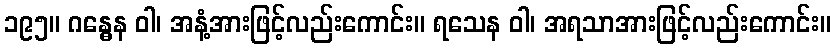
၁၉၅။ ဂန္ဓေန ဝါ၊ အနံ့အားဖြင့်လည်းကောင်း။ ရသေန ဝါ၊ အရသာအားဖြင့်လည်းကောင်း။